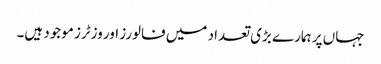
جہاں پر ہمارے بڑی تعداد میں فالورز اور وزٹرز موجود ہیں۔